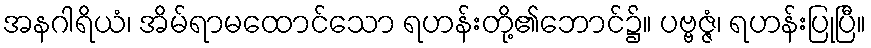
အနဂါရိယံ၊ အိမ်ရာမထောင်သော ရဟန်းတို့၏ဘောင်၌။ ပဗ္ဗဇ္ဇံ၊ ရဟန်းပြုပြီ။